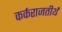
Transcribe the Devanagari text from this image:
कर्कराजतीर्थ